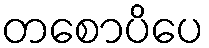
တစောပိပေ